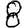
Digit: 8